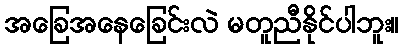
အခြေအနေခြေင်းလဲ မတူညီနိုင်ပါဘူး။